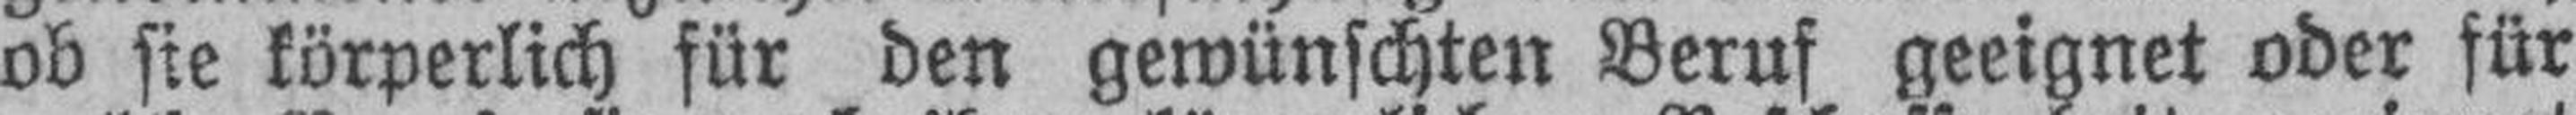
ob sie körperlich für den gewünschten Beruf geeignet oder für